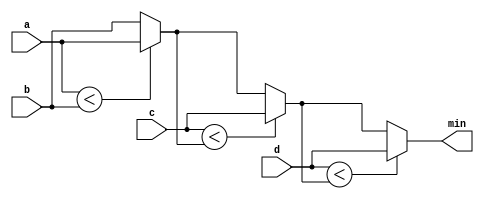
// This program was cloned from: https://github.com/matthewdelorenzo/CreativEval
// License: BSD 3-Clause "New" or "Revised" License

module top_module (
    input [7:0] a, b, c, d,
    output [7:0] min);//

    // assign intermediate_result1 = compare? true: false;
    wire [7:0] min_mid, min_mid1, min_mid2;
    assign min_mid = (a < b) ? a : b;
    assign min_mid1 = (c < min_mid) ? c : min_mid;
    assign min_mid2 = (d < min_mid1) ? d : min_mid1;
    assign min = min_mid2;

endmodule